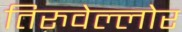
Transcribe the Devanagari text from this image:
तिरुवेल्लोर